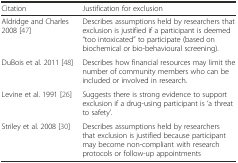
<table><thead><tr><td><b>Citation</b></td><td><b>Justification for exclusion</b></td></tr></thead><tbody><tr><td>Aldridge and Charles 2008 [47]</td><td>Describes assumptions held by researchers that exclusion is justified if a participant is deemed “too intoxicated” to participate (based on biochemical or bio-behavioural screening).</td></tr><tr><td>DuBois et al. 2011 [48]</td><td>Describes how financial resources may limit the number of community members who can be included or involved in research.</td></tr><tr><td>Levine et al. 1991 [26]</td><td>Suggests there is strong evidence to support exclusion if a drug-using participant is ‘a threat to safety’.</td></tr><tr><td>Striley et al. 2008 [30]</td><td>Describes assumptions held by researchers that exclusion is justified because participant may become non-compliant with research protocols or follow-up appointments</td></tr></tbody></table>